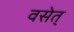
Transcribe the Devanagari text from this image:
वसेत्